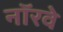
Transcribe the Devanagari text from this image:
नाॅरवे